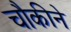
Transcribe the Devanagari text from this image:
चौकीने